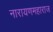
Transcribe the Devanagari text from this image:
नारायणमहाराज